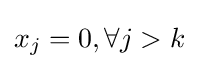
x_{j}=0,\forall j>k